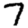
Digit: 7